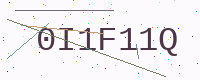
Text: 0I1F11Q